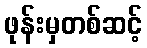
ဖုန်းမှတစ်ဆင့်